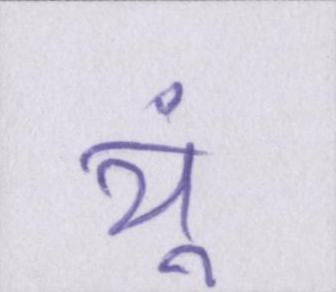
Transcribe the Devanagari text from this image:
यूं